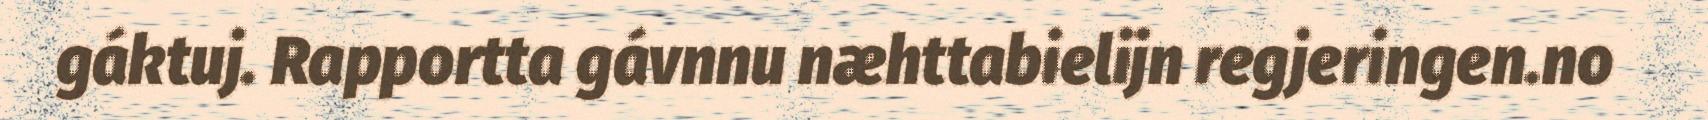
gáktuj. Rapportta gávnnu næhttabielijn regjeringen.no